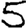
Digit: 5